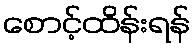
စောင့်ထိန်းရန်